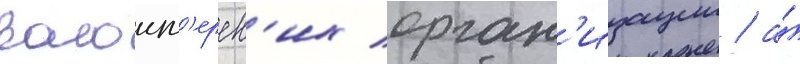
волонт'ерск'их орган'изации / а́